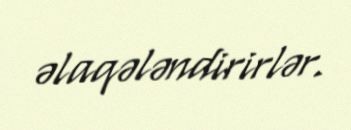
əlaqələndirirlər.